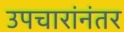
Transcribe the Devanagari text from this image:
उपचारांनंतर